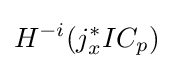
H^{-i}(j_{x}^{*}IC_{p})